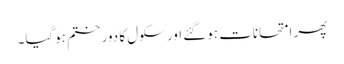
پھر امتحانات ہوگئے اور سکول کا دور ختم ہوگیا۔